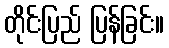
တိုင်းပြည် ပြန်ခြင်း။